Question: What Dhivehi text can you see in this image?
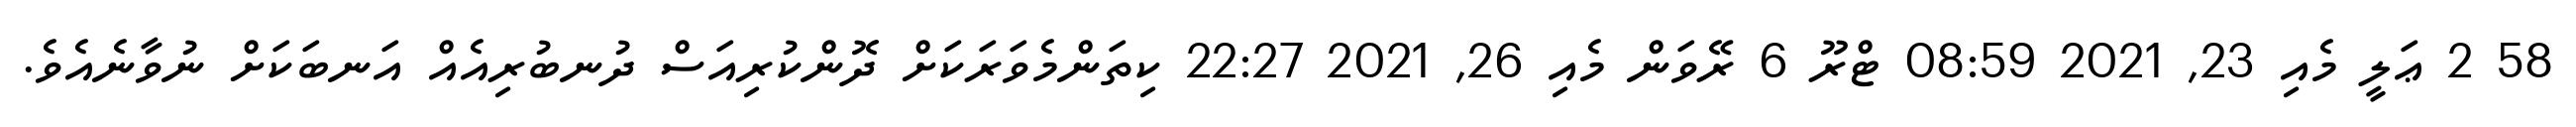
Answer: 58 2 ޢަލީ މެއި 23, 2021 08:59 ޓްރޫ 6 ރޭވަން މެއި 26, 2021 22:27 ކިތަންމެވަރަކަށް ދޮންކުރިއަސް ދުނބުރިއެއް އަނބަކަށް ނުވާނެއެވެ.